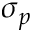
\sigma _ { p }